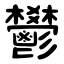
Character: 鬰